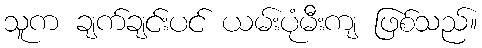
သူက ချက်ချင်းပင် ယမ်းပုံမီးကျ ဖြစ်သည်။